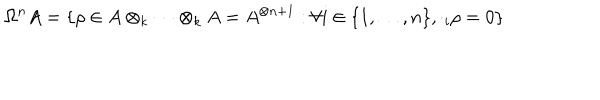
\Omega ^ { n } A = \{ \rho \in A \otimes _ { k } \cdots \otimes _ { k } A = A ^ { \otimes n + 1 } : \forall i \in \{ 1 , \ldots , n \} , \cdot _ { i } \rho = 0 \}